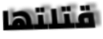
قتلتها